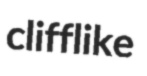
clifflike